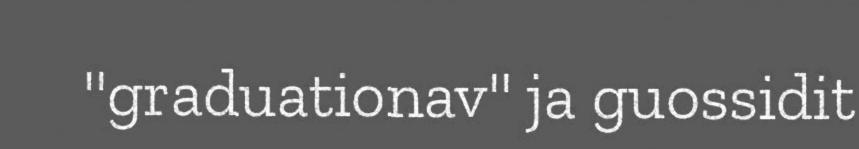
"graduationav" ja guossidit